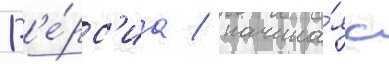
В'е́рс'иа / начина́я с